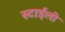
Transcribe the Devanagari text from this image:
स्टाईली